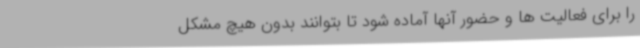
را برای فعالیت ها و حضور آنها آماده شود تا بتوانند بدون هیچ مشکل